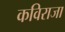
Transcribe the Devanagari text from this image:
कविराजा